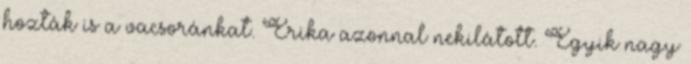
hozták is a vacsoránkat. Erika azonnal nekilátott. Egyik nagy